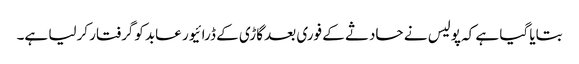
بتایا گیا ہے کہ پولیس نے حادثے کے فوری بعد گاڑی کے ڈرائیور عابد کوگرفتار کرلیا ہے۔